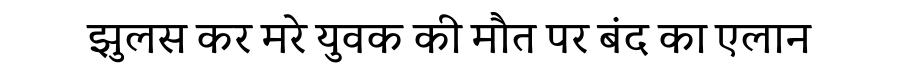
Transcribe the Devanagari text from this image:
झुलस कर मरे युवक की मौत पर बंद का एलान